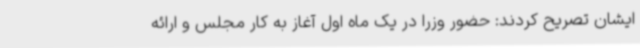
ایشان تصریح کردند:‌ حضور وزرا در یک ماه اول آغاز به کار مجلس و ارائه